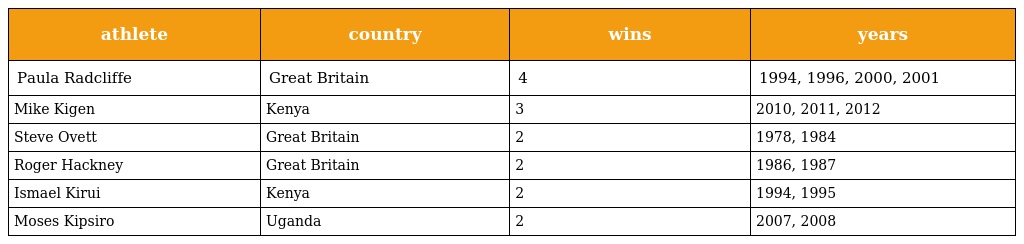
| athlete | country | wins | years |
 | --- | --- | --- | --- |
 | Paula Radcliffe | Great Britain | 4 | 1994, 1996, 2000, 2001 |
 | Mike Kigen | Kenya | 3 | 2010, 2011, 2012 |
 | Steve Ovett | Great Britain | 2 | 1978, 1984 |
 | Roger Hackney | Great Britain | 2 | 1986, 1987 |
 | Ismael Kirui | Kenya | 2 | 1994, 1995 |
 | Moses Kipsiro | Uganda | 2 | 2007, 2008 |